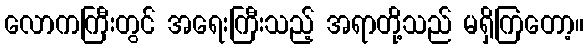
လောကကြီးတွင် အရေးကြီးသည့် အရာတို့သည် မရှိကြတော့။